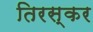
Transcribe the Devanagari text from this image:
तिरस्कर